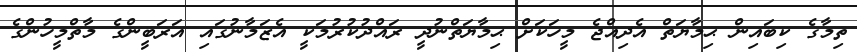
ތިމާގެ ކިބައިން ޙިމާޔަތް އެދިއްޖެ މީހަކަށް ޙިމާޔަތްނުދީ ރައްދުކުރުމަކީ އެޒަމާނުގައި އަރަބީންގެ މާތްމީހުންގެ